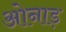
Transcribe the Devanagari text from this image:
ओनाड़